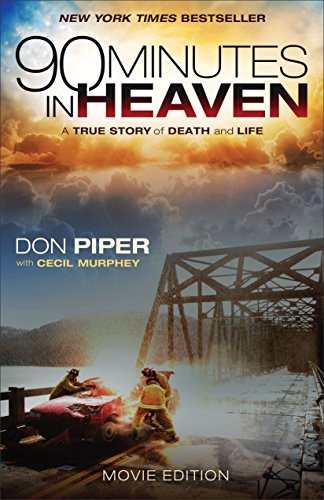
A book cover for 90 Minutes in Heaven: A True Story of Death and Life; Don Piper; Biographies & Memoirs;